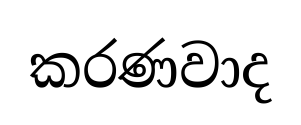
කරණවාද